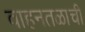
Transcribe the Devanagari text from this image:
वाहनतळाची